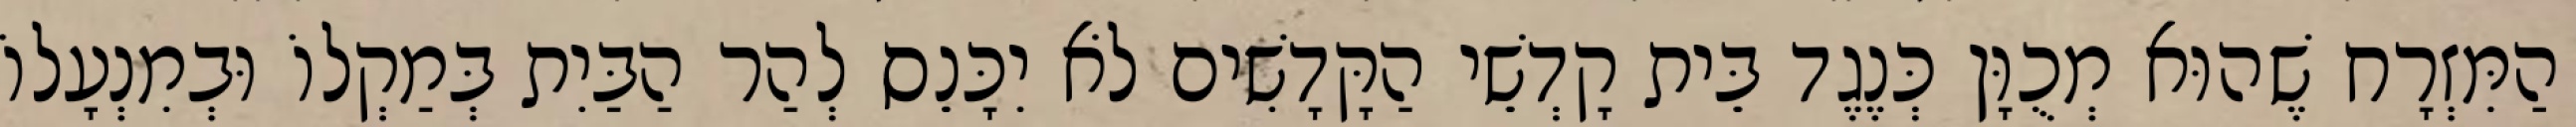
הַמִּזְרָח שֶׁהוּא מְכֻוָּן כְּנֶגֶד בֵּית קָדְשֵׁי הַקָּדָשִׁים לֹא יִכָּנֵס לְהַר הַבַּיִת בְּמַקְלוֹ וּבְמִנְעָלוֹ